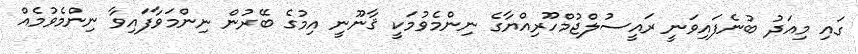
ގައި މިއަދު ބުނެފައިވަނީ ރައީސުލްޖުމްހޫރިއްޔާގެ ނިންމެވުމަކީ ޤާނޫނީ އިމުގެ ބޭރުން ނިންމަވާފައިވާ ނިންމެވުމެއް